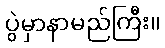
ပွဲမှာနာမည်ကြီး။